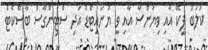
ކުލަބް ޕީކޭ އާއި ވިޔަންސާ އާއި ވީ ޔުނައިޓެޑް އަދި ސްޓިންގާސް ބާސްކެޓް